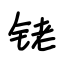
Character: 铑